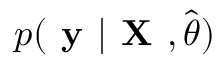
p ( \textbf { y } | \textbf { X } , \hat { \boldsymbol { \theta } } )